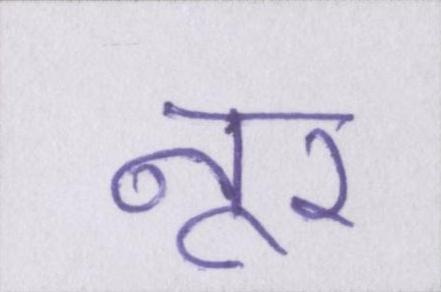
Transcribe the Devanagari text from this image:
नूर